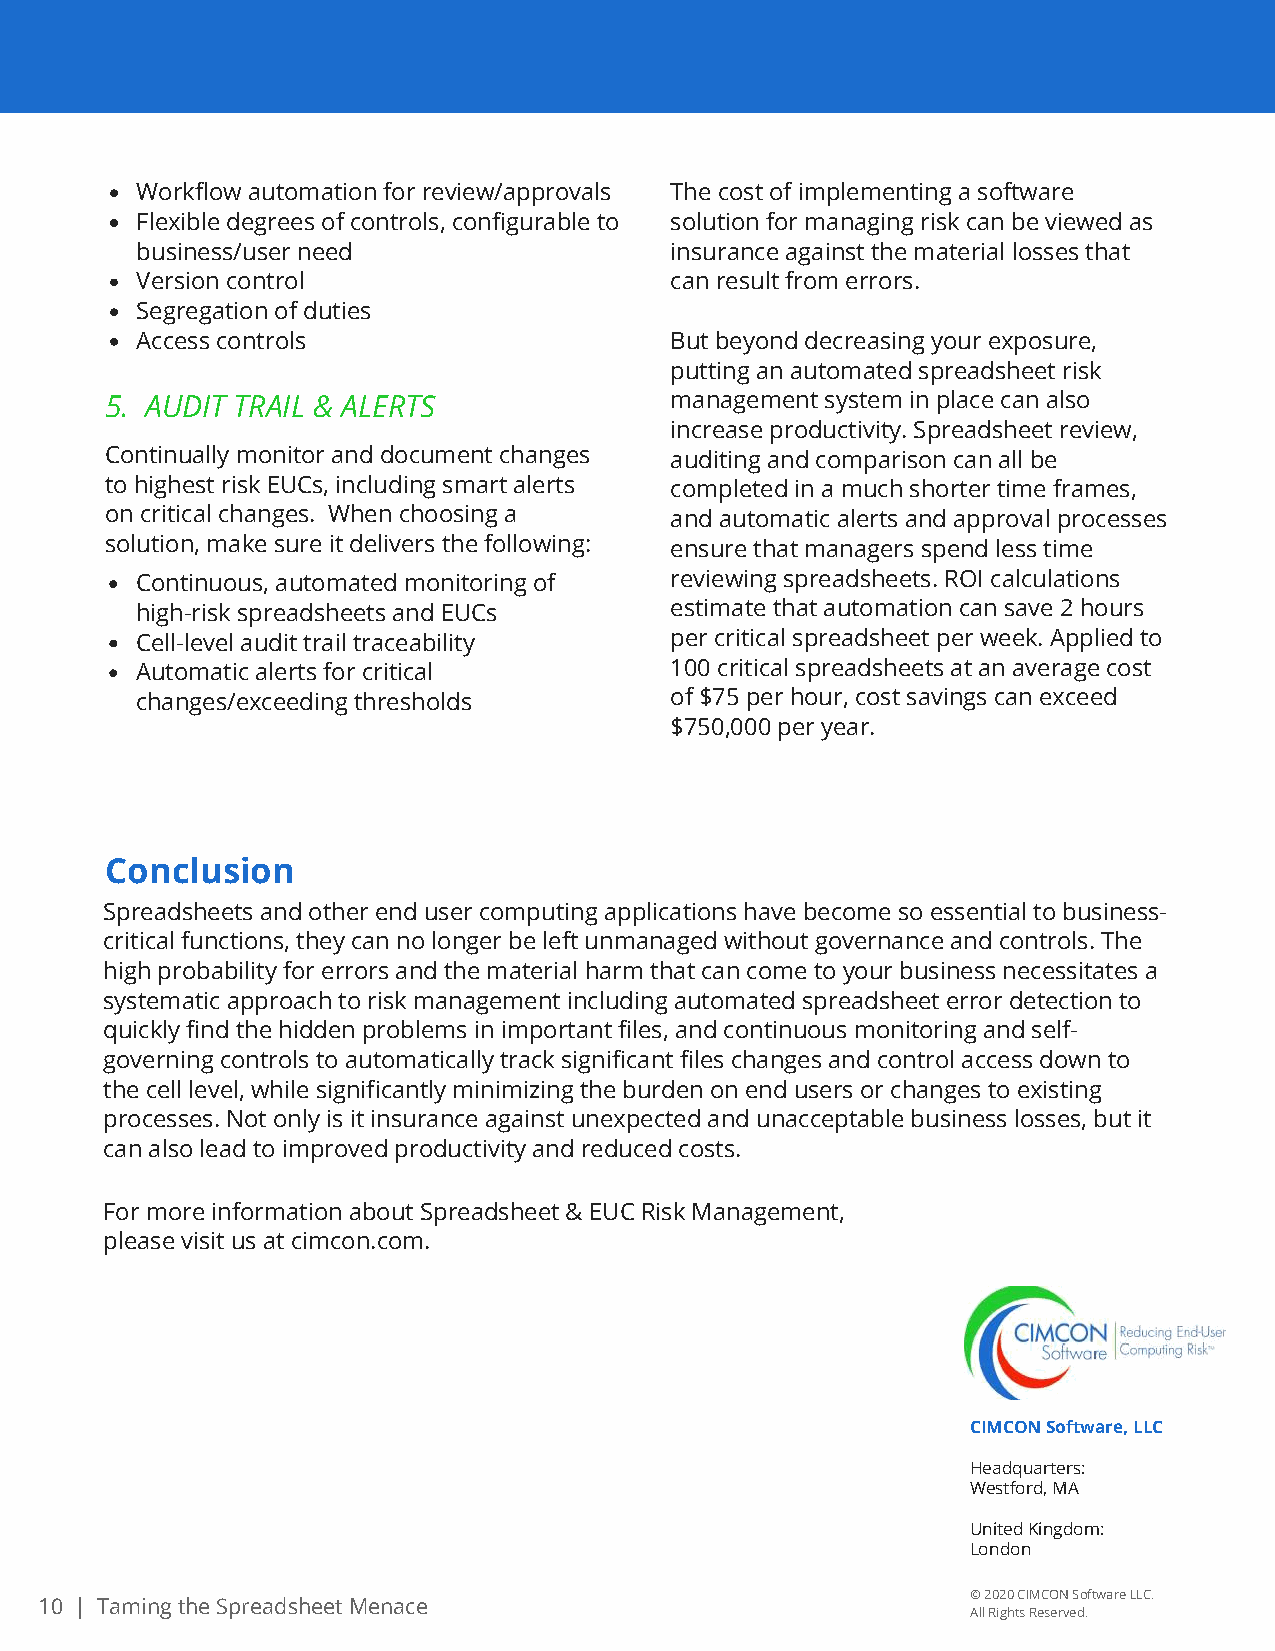
Workflow automation for review/approvals The cost of implementing a software
 Flexible degrees of controls, configurable to solution for managing risk can be viewed as
 business/user need                 insurance against the material losses that
 Version control                    can result from errors.
 Segregation of duties
 Access controls                    But beyond decreasing your exposure,
 putting an automated spreadsheet risk
 5. AUDIT TRAIL & ALERTS              management system in place can also
 increase productivity. Spreadsheet review,
 Continually monitor and document changes auditing and comparison can all be
 to highest risk EUCs, including smart alerts completed in a much shorter time frames,
 on critical changes. When choosing a and automatic alerts and approval processes
 solution, make sure it delivers the following: ensure that managers spend less time
 Continuous, automated monitoring of reviewing spreadsheets. ROI calculations
 high-risk spreadsheets and EUCs    estimate that automation can save 2 hours
 Cell-level audit trail traceability per critical spreadsheet per week. Applied to
 Automatic alerts for critical      100 critical spreadsheets at an average cost
 changes/exceeding thresholds       of $75 per hour, cost savings can exceed
 $750,000 per year.
 Conclusion
 Spreadsheets and other end user computing applications have become so essential to business-
 critical functions, they can no longer be left unmanaged without governance and controls. The
 high probability for errors and the material harm that can come to your business necessitates a
 systematic approach to risk management including automated spreadsheet error detection to
 quickly find the hidden problems in important files, and continuous monitoring and self-
 governing controls to automatically track significant files changes and control access down to
 the cell level, while significantly minimizing the burden on end users or changes to existing
 processes. Not only is it insurance against unexpected and unacceptable business losses, but it
 can also lead to improved productivity and reduced costs.
 For more information about Spreadsheet & EUC Risk Management,
 please visit us at cimcon.com.
 CIMCON Software, LLC
 Headquarters:
 Westford, MA
 United Kingdom:
 London
 © 2020 CIMCON Software LLC.
 10 | Taming the Spreadsheet Menace
 All Rights Reserved.